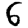
Digit: 6